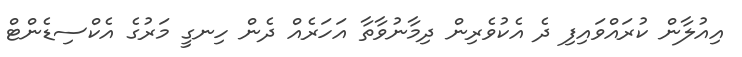
އިއުލާން ކުރައްވައިފި ދެ އެކުވެރިން ދިމާނުވާތާ އަހަރެއް ދެން ހިނގީ މަރުގެ އެކްސިޑެންޓް